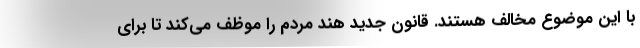
با این موضوع مخالف هستند. قانون جدید هند مردم را موظف می‌کند تا برای